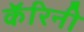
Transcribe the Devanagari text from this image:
कॅरिनी